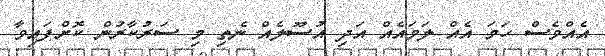
އެއްވެސް ހަމަ އެއް ލަމައެއް އަދި އުސޫލެއް ނެތި މި ސަރުކާރުން ކޮށްފައިވާ